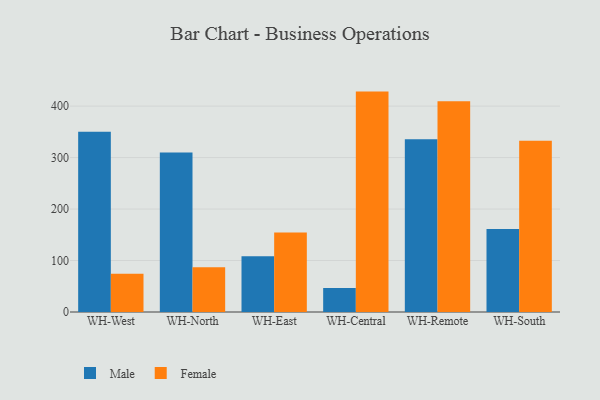
{"axis": {"x": "Warehouse", "y": "Demand Index"}, "legend": ["Female", "Male"], "data": [{"x": "WH-West", "y": 350.3, "type": "Male"}, {"x": "WH-West", "y": 74.4, "type": "Female"}, {"x": "WH-North", "y": 309.9, "type": "Male"}, {"x": "WH-North", "y": 87.0, "type": "Female"}, {"x": "WH-East", "y": 108.3, "type": "Male"}, {"x": "WH-East", "y": 154.4, "type": "Female"}, {"x": "WH-Central", "y": 46.6, "type": "Male"}, {"x": "WH-Central", "y": 428.2, "type": "Female"}, {"x": "WH-Remote", "y": 335.8, "type": "Male"}, {"x": "WH-Remote", "y": 409.4, "type": "Female"}, {"x": "WH-South", "y": 161.2, "type": "Male"}, {"x": "WH-South", "y": 332.8, "type": "Female"}]}